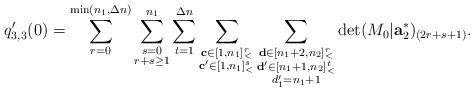
LaTeX: \begin{align*}q_{3,3}'(0)=\sum\limits_{r=0}^{\min(n_1,\Delta n)}\sum\limits_{\substack{s=0\\r+s\ge 1}}^{n_1}\sum\limits_{t=1}^{\Delta n}\sum\limits_{\substack{\mathbf{c}\in [1,n_1]_<^r\\\mathbf{c'}\in [1,n_1]_<^s}}\sum\limits_{\substack{\mathbf{d}\in [n_1+2,n_2]_<^r\\\mathbf{d'}\in [n_1+1,n_2]_<^t\\d'_1=n_1+1}}\det (M_0|\mathbf{a}_2^\ast)_{(2r+s+1)}.\end{align*}